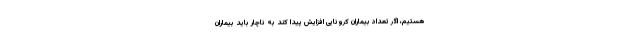
هستیم، اگر تعداد بیماران کرونایی افزایش پیدا کند به ناچار باید بیماران